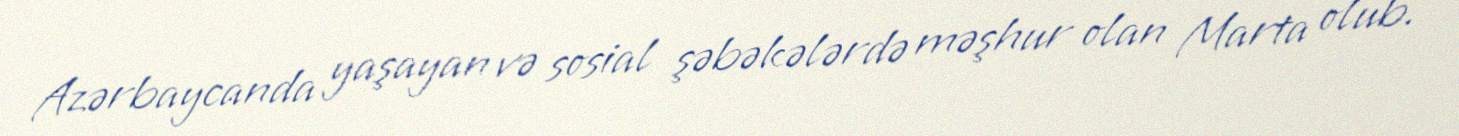
Azərbaycanda yaşayan və sosial şəbəkələrdə məşhur olan Marta olub.